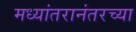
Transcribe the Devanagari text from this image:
मध्यांतरानंतरच्या